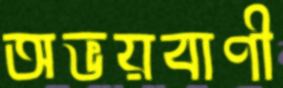
অভয়বাণী